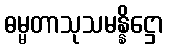
ဓမ္မတာသုသမန္နိဋ္ဌော